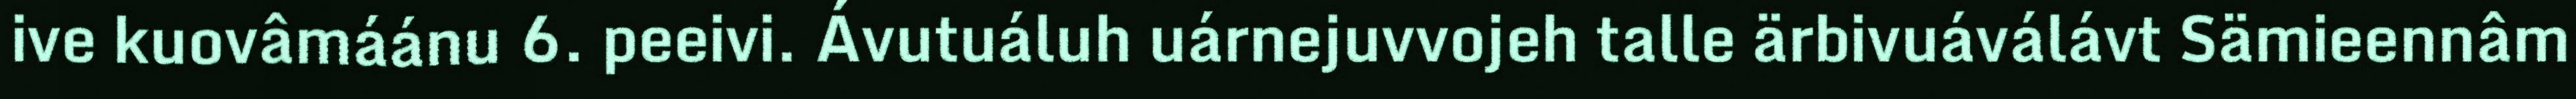
ive kuovâmáánu 6. peeivi. Ávutuáluh uárnejuvvojeh talle ärbivuáválávt Sämieennâm